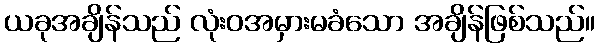
ယခုအချိန်သည် လုံးဝအမှားမခံသော အချိန်ဖြစ်သည်။